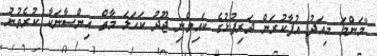
"މަންމަ މިއަދު އުފާކުރަން ދަރިފުޅުގެ ކައިވެނި ޖޫދު ކަހަލަ މާތް އިންސާނަކާ ކުރެވުނު